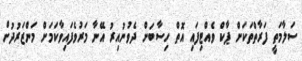
ސަލާމަތީ ފަރާތްތަކަށް ޕާކް ވެއްޓިފައި އޮތް ހިސާބަށް ދެވުނުއިރު އޭނާ މަރުވެފައިވާކަމަށް މަންޒަރުދުށް